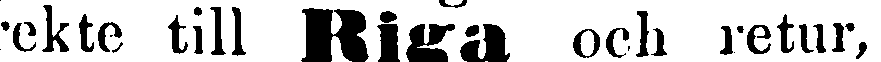
rekte till Riga och retur,